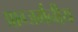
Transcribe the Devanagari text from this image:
प्राग्जर्मनीय